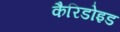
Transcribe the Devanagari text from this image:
कैरिडोइड